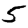
Digit: 5